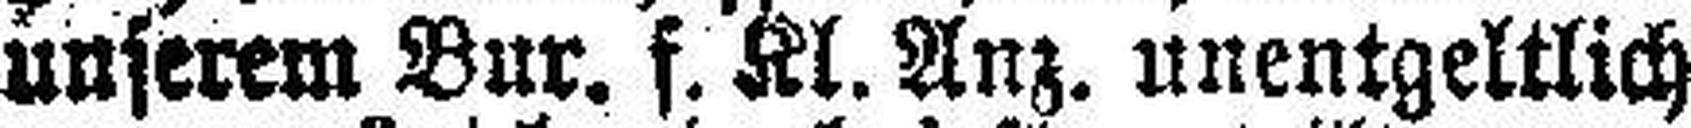
unserem Bur. f. Kl. Anz. unentgeltlich